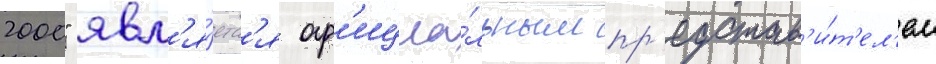
2000" явл'я́етс'я оф'ициа́льным пр'едстав'и́т'ел'ем